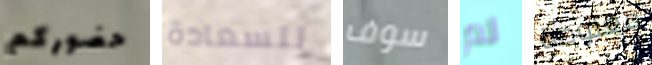
حضوركم للسعادة سوف لم معلومة